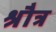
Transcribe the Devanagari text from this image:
श्रौत्र